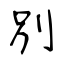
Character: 別